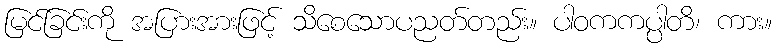
မြင်ခြင်းကို အပြားအားဖြင့် သိစေသောပညတ်တည်း။ ပါဝကကပ္ပါတိ၊ ကား။